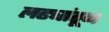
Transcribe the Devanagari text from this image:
लढ्यांतून